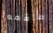
طاقمه